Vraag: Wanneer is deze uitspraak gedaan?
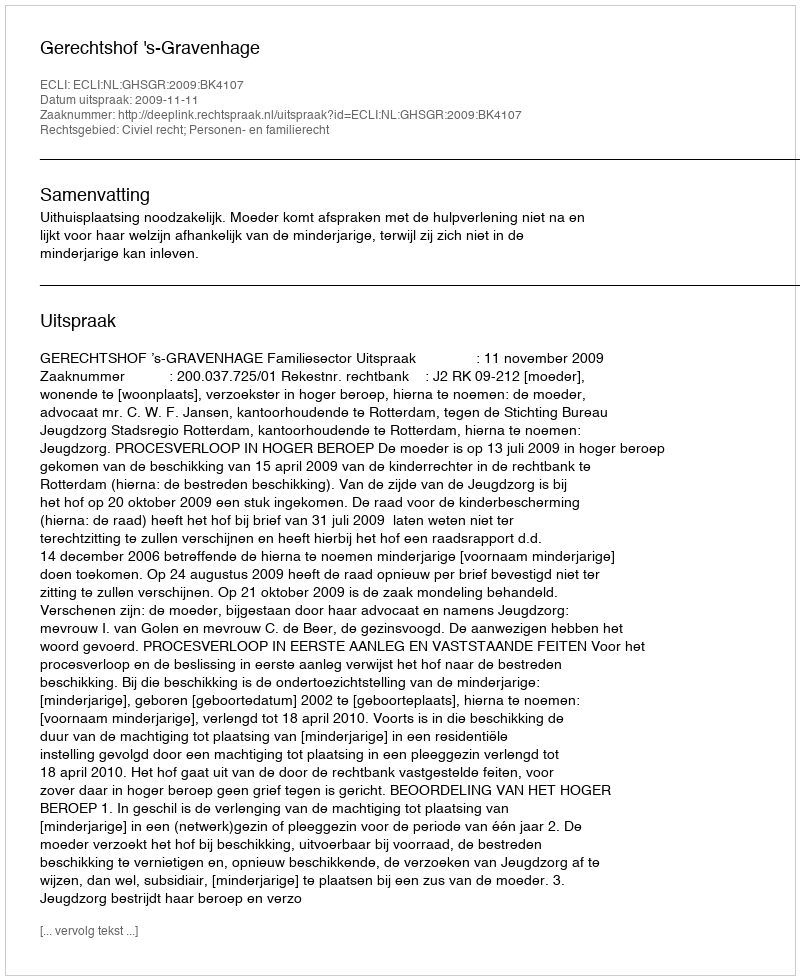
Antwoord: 2009-11-11